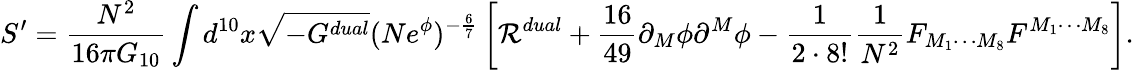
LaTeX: S^{\prime}={\frac{N^{2}}{16\pi G_{10}}}\int d^{10}x\sqrt{-G^{dual}}(Ne^{\phi})^{-{\frac{6}{7}}}\left[{\cal R}^{dual}+{\frac{16}{49}}\partial_{M}\phi\partial^{M}\phi-{\frac{1}{2\cdot 8!}}{\frac{1}{N^{2}}}F_{M_{1}\cdots M_{8}}F^{M_{1}\cdots M_{8}}\right].